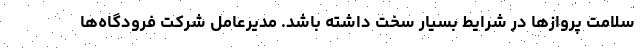
سلامت پروازها در شرایط بسیار سخت داشته باشد. مدیرعامل شرکت فرودگاه‌ها